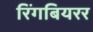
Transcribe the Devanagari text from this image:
रिंगबियरर